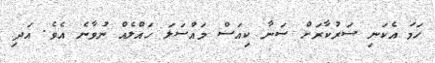
ހަމަ އެކަނި ސަރުކާރަށް ސަނާ ކިއަސް މައްސަލަ ހައްލެއް ނުވާނެ އެވެ. އަދި